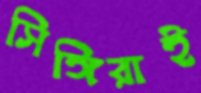
সিঙ্গিরাই